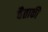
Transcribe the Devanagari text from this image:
वैताकी